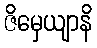
ဇိမှေယျာနိ